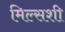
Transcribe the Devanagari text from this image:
मिल्सशी